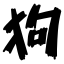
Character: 狗